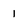
Character: 1